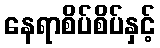
နေရာစိပ်စိပ်နှင့်